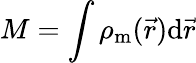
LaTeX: M=\int\rho_{\mathrm{m}}(\vec{r})\mathrm{d}\vec{r}